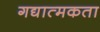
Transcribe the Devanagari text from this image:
गद्यात्मकता